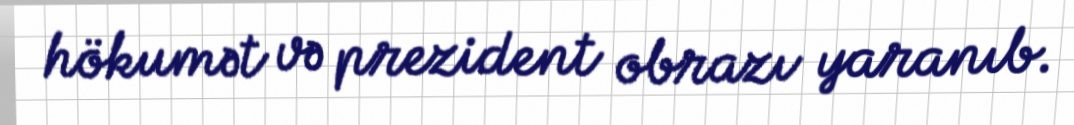
hökumət və prezident obrazı yaranıb.